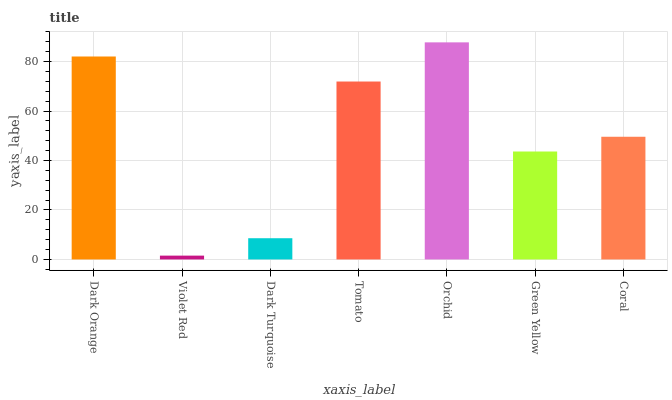
| xaxis_label | bars |
 | --- | --- |
 | Dark Orange | 82.1 |
 | Violet Red | 1.55 |
 | Dark Turquoise | 8.59 |
 | Tomato | 71.9 |
 | Orchid | 87.8 |
 | Green Yellow | 43.6 |
 | Coral | 49.6 |